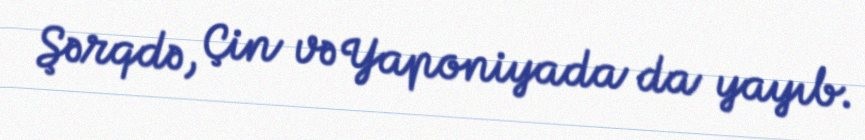
Şərqdə, Çin və Yaponiyada da yayıb.